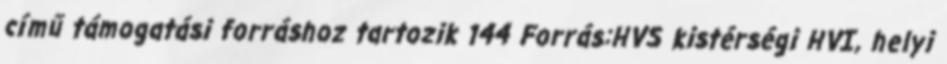
című támogatási forráshoz tartozik 144 Forrás:HVS kistérségi HVI, helyi